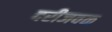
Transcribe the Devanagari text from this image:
दरीजवळ